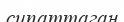
сипаттаган